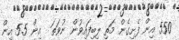
550 އިން ފެށިގެން މަތި ލިބިފައިވުން ނުވަތަ  އިން 5.5 އިން